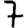
Digit: 7